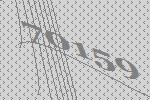
70159